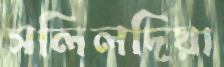
সলিলদিয়া